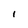
Character: I